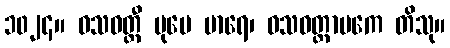
၁၀၂၄။ ဝသဝတ္တီ ပုမေ မာရေ၊ ဝသဝတ္တာပကေ တိသု။